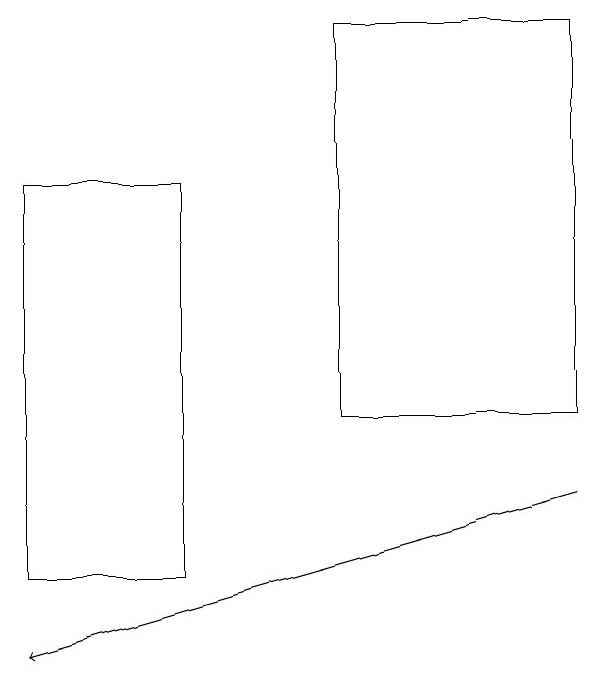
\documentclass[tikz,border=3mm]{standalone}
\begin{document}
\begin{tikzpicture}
\draw (8,14) rectangle (5,19);
\draw[->] (8,13) -- (1,11);
\draw (3,12) rectangle (1,17);
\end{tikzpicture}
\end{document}